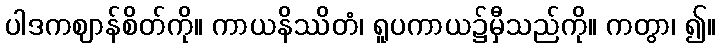
ပါဒကဈာန်စိတ်ကို။ ကာယနိဿိတံ၊ ရူပကာယ၌မှီသည်ကို။ ကတွာ၊ ၍။